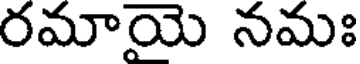
రమాయె నమః